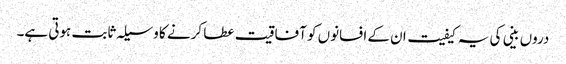
دروں بینی کی یہ کیفیت ان کے افسانوں کو آفاقیت عطا کرنے کا وسیلہ ثابت ہوتی ہے۔